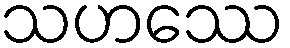
သဟဿေ